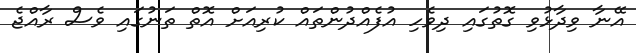
އޭނާ ވިދާޅުވި ގޮތުގައި ދިވެހި އުފެއްދުންތައް ކުރިއަށް އޮތް ތަނުގައި ވެސް ރާއްޖެ